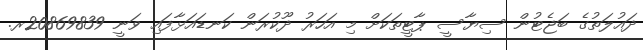
ދައުލަތުގެ ބަޖެޓުން ސިޔާސީ ޕާޓީތަކަށް މި އަހަރު ދޫކުރަން ކަނޑައަޅާފައި ވަނީ 20869839ރ.